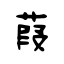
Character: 葭